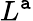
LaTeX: L^{\mathtt{a}}